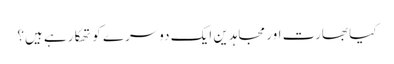
کیا بھارت اور مجاہدین ایک دوسرے کو تھکا رہے ہیں؟